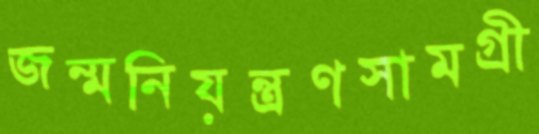
জন্মনিয়ন্ত্রণসামগ্রী